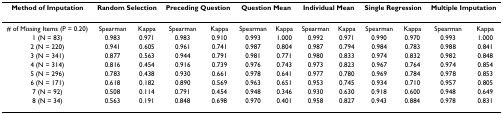
<table><thead><tr><td><b>Method of Imputation</b></td><td colspan="2"><b>Random Selection</b></td><td colspan="2"><b>Preceding Question</b></td><td colspan="2"><b>Question Mean</b></td><td colspan="2"><b>Individual Mean</b></td><td colspan="2"><b>Single Regression</b></td><td colspan="2"><b>Multiple Imputation</b></td></tr></thead><tbody><tr><td># of Missing Items (P = 0.20)</td><td>Spearman</td><td>Kappa</td><td>Spearman</td><td>Kappa</td><td>Spearman</td><td>Kappa</td><td>Spearman</td><td>Kappa</td><td>Spearman</td><td>Kappa</td><td>Spearman</td><td>Kappa</td></tr><tr><td>1 (N = 83)</td><td>0.983</td><td>0.971</td><td>0.983</td><td>0.910</td><td>0.993</td><td>1.000</td><td>0.992</td><td>0.971</td><td>0.990</td><td>0.970</td><td>0.993</td><td>1.000</td></tr><tr><td>2 (N = 220)</td><td>0.941</td><td>0.605</td><td>0.961</td><td>0.741</td><td>0.987</td><td>0.804</td><td>0.987</td><td>0.794</td><td>0.984</td><td>0.783</td><td>0.988</td><td>0.841</td></tr><tr><td>3 (N = 341)</td><td>0.877</td><td>0.563</td><td>0.944</td><td>0.791</td><td>0.981</td><td>0.771</td><td>0.980</td><td>0.833</td><td>0.974</td><td>0.832</td><td>0.982</td><td>0.848</td></tr><tr><td>4 (N = 314)</td><td>0.816</td><td>0.454</td><td>0.916</td><td>0.739</td><td>0.976</td><td>0.743</td><td>0.973</td><td>0.823</td><td>0.967</td><td>0.764</td><td>0.974</td><td>0.854</td></tr><tr><td>5 (N = 296)</td><td>0.783</td><td>0.438</td><td>0.930</td><td>0.661</td><td>0.978</td><td>0.641</td><td>0.977</td><td>0.780</td><td>0.969</td><td>0.784</td><td>0.978</td><td>0.853</td></tr><tr><td>6 (N = 171)</td><td>0.618</td><td>0.182</td><td>0.890</td><td>0.569</td><td>0.963</td><td>0.651</td><td>0.953</td><td>0.745</td><td>0.934</td><td>0.710</td><td>0.957</td><td>0.805</td></tr><tr><td>7 (N = 92)</td><td>0.508</td><td>0.114</td><td>0.791</td><td>0.454</td><td>0.948</td><td>0.346</td><td>0.930</td><td>0.630</td><td>0.918</td><td>0.600</td><td>0.948</td><td>0.649</td></tr><tr><td>8 (N = 34)</td><td>0.563</td><td>0.191</td><td>0.848</td><td>0.698</td><td>0.970</td><td>0.401</td><td>0.958</td><td>0.827</td><td>0.943</td><td>0.884</td><td>0.978</td><td>0.831</td></tr></tbody></table>